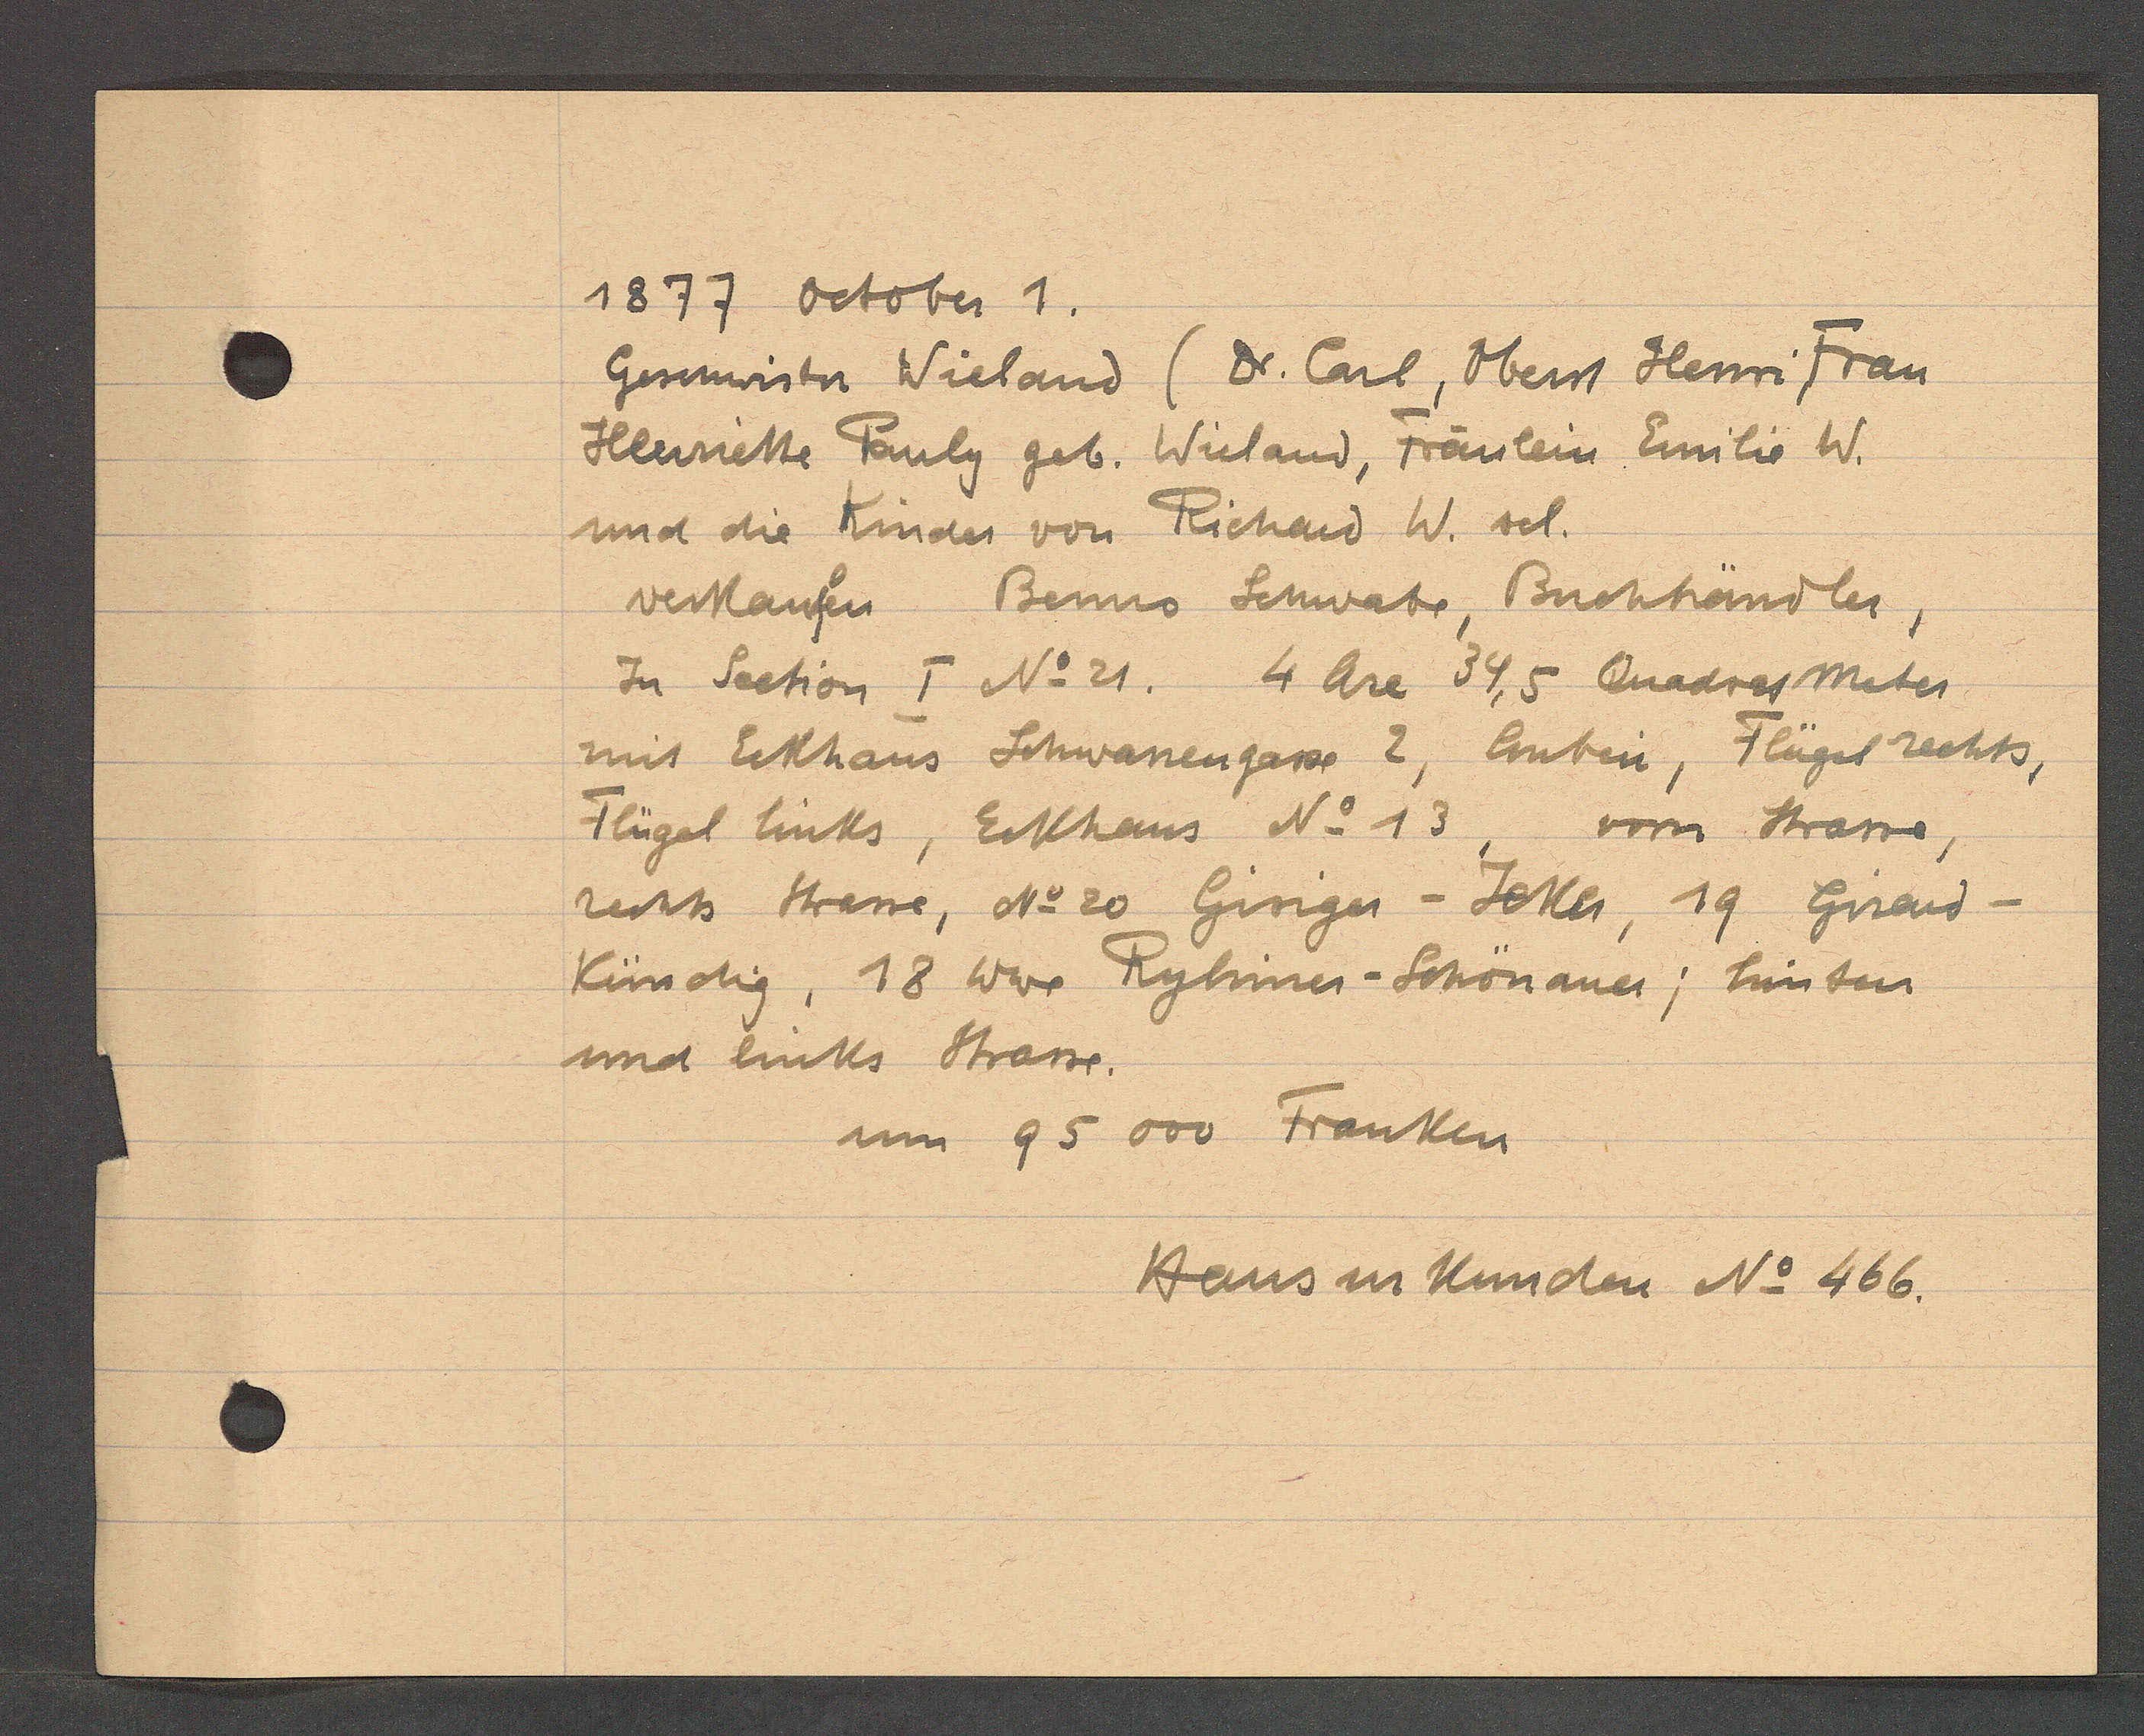
Transcript:
1877 October 1.

Geschwister Wieland (Dr. Carl, Oberst Henri Frau
Hluriette Pauly geb. Wieland, Fräulein Emilie W.
und die Kinder von Richard W. sol.
verkaufen Benus Schwabr, Buchhändler,
In Section I No 21, 4 Are 34,5 Quadrasmeter
mit Eckhaus Schwanengasse 2, lauben, Flügel rechts,
Flügel links, Eckhaus No. 13, vom Strasse,
rechts Strasse, No 20 Gisiger- Jeker 19 Giraud¬
Kündig, 18 Wwe Ryliner Schönauer, hinten
und links Strasse.
um 95 000 Franken

Hausurkunden No 466.